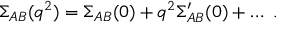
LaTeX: \Sigma _ { A B } ( q ^ { 2 } ) = \Sigma _ { A B } ( 0 ) + q ^ { 2 } \Sigma _ { A B } ^ { \prime } ( 0 ) + \ldots ~ .